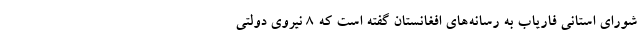
شورای استانی فاریاب به رسانه‌های افغانستان گفته است که ۸ نیروی دولتی